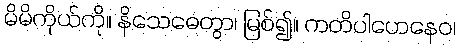
မိမိကိုယ်ကို။ နိသေဓေတွာ၊ မြစ်၍။ ကတိပါဟေနေဝ၊